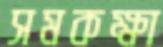
সমকক্ষা